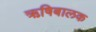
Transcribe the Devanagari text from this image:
ऋषिबालक